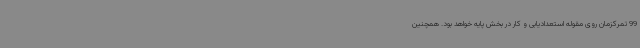
99 تمرکزمان روی مقوله استعدادیابی و کار در بخش پایه خواهد بود. همچنین